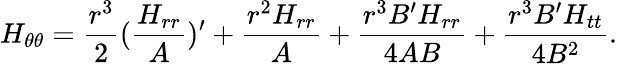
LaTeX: {H}_{\theta\theta}={\frac{{r}^{3}}{2}}({\frac{{H}_{rr}}{A}})^{\prime}+{\frac{{r}^{2}{H}_{rr}}{A}}+{\frac{{r}^{3}B^{\prime}{H}_{rr}}{4AB}}+{\frac{{r}^{3}B^{\prime}{H}_{tt}}{4{B}^{2}}}.